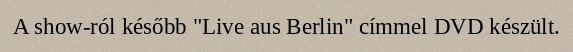
A show-ról később "Live aus Berlin" címmel DVD készült.